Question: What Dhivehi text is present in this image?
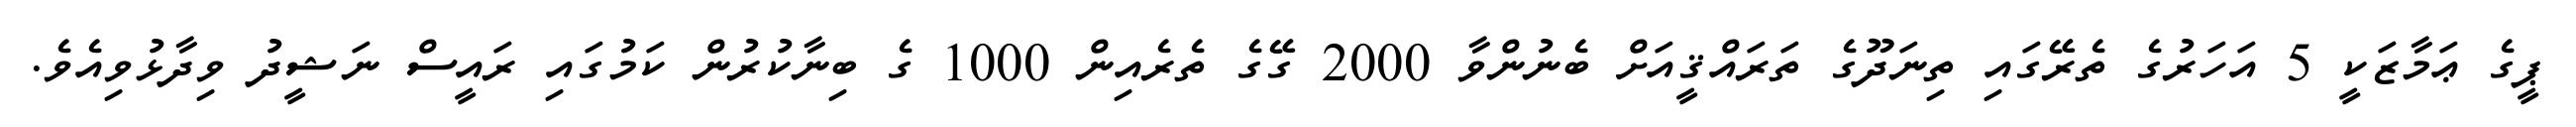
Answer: ޕީގެ ޢަމާޒަކީ 5 އަހަރުގެ ތެރޭގައި ތިނަދޫގެ ތަރައްޤީއަށް ބެނުންވާ 2000 ގޭގެ ތެރެއިން 1000 ގެ ބިނާކުރުން ކަމުގައި ރައީސް ނަޝީދު ވިދާޅުވިއެވެ.